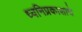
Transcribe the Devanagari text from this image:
ध्वनिप्रकाशाचे